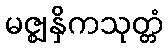
မဇ္ဈနှိကသုတ္တံ